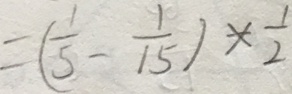
= ( \frac { 1 } { 5 } - \frac { 1 } { 1 5 } ) \times \frac { 1 } { 2 }